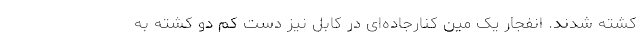
کشته شدند. انفجار یک مین کنارجاد‌ه‌ای در کابل نیز دست کم دو کشته به